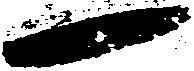
一